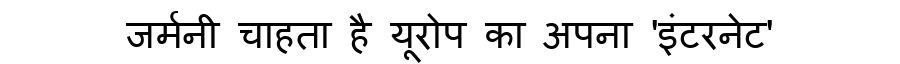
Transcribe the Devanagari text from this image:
जर्मनी चाहता है यूरोप का अपना 'इंटरनेट'